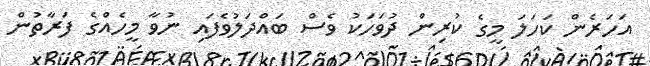
އަހަރެން ކަހަލަ މީގެ ކުރިން ދުވަހަކު ވެސް ބައްދަލުވެފައި ނުވާ މީހެއްގެ ފަރާތުން